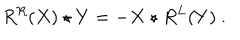
R ^ { R } ( X ) \star Y = - X \star R ^ { L } ( Y ) \ .